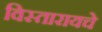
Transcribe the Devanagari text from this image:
विस्तारायचे